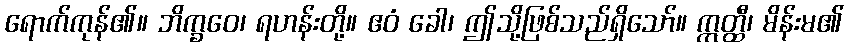
ရောက်ကုန်၏။ ဘိက္ခဝေ၊ ရဟန်းတို့။ ဧဝံ ခေါ၊ ဤသို့ဖြစ်သည်ရှိသော်။ ဣတ္ထီ၊ မိန်းမ၏